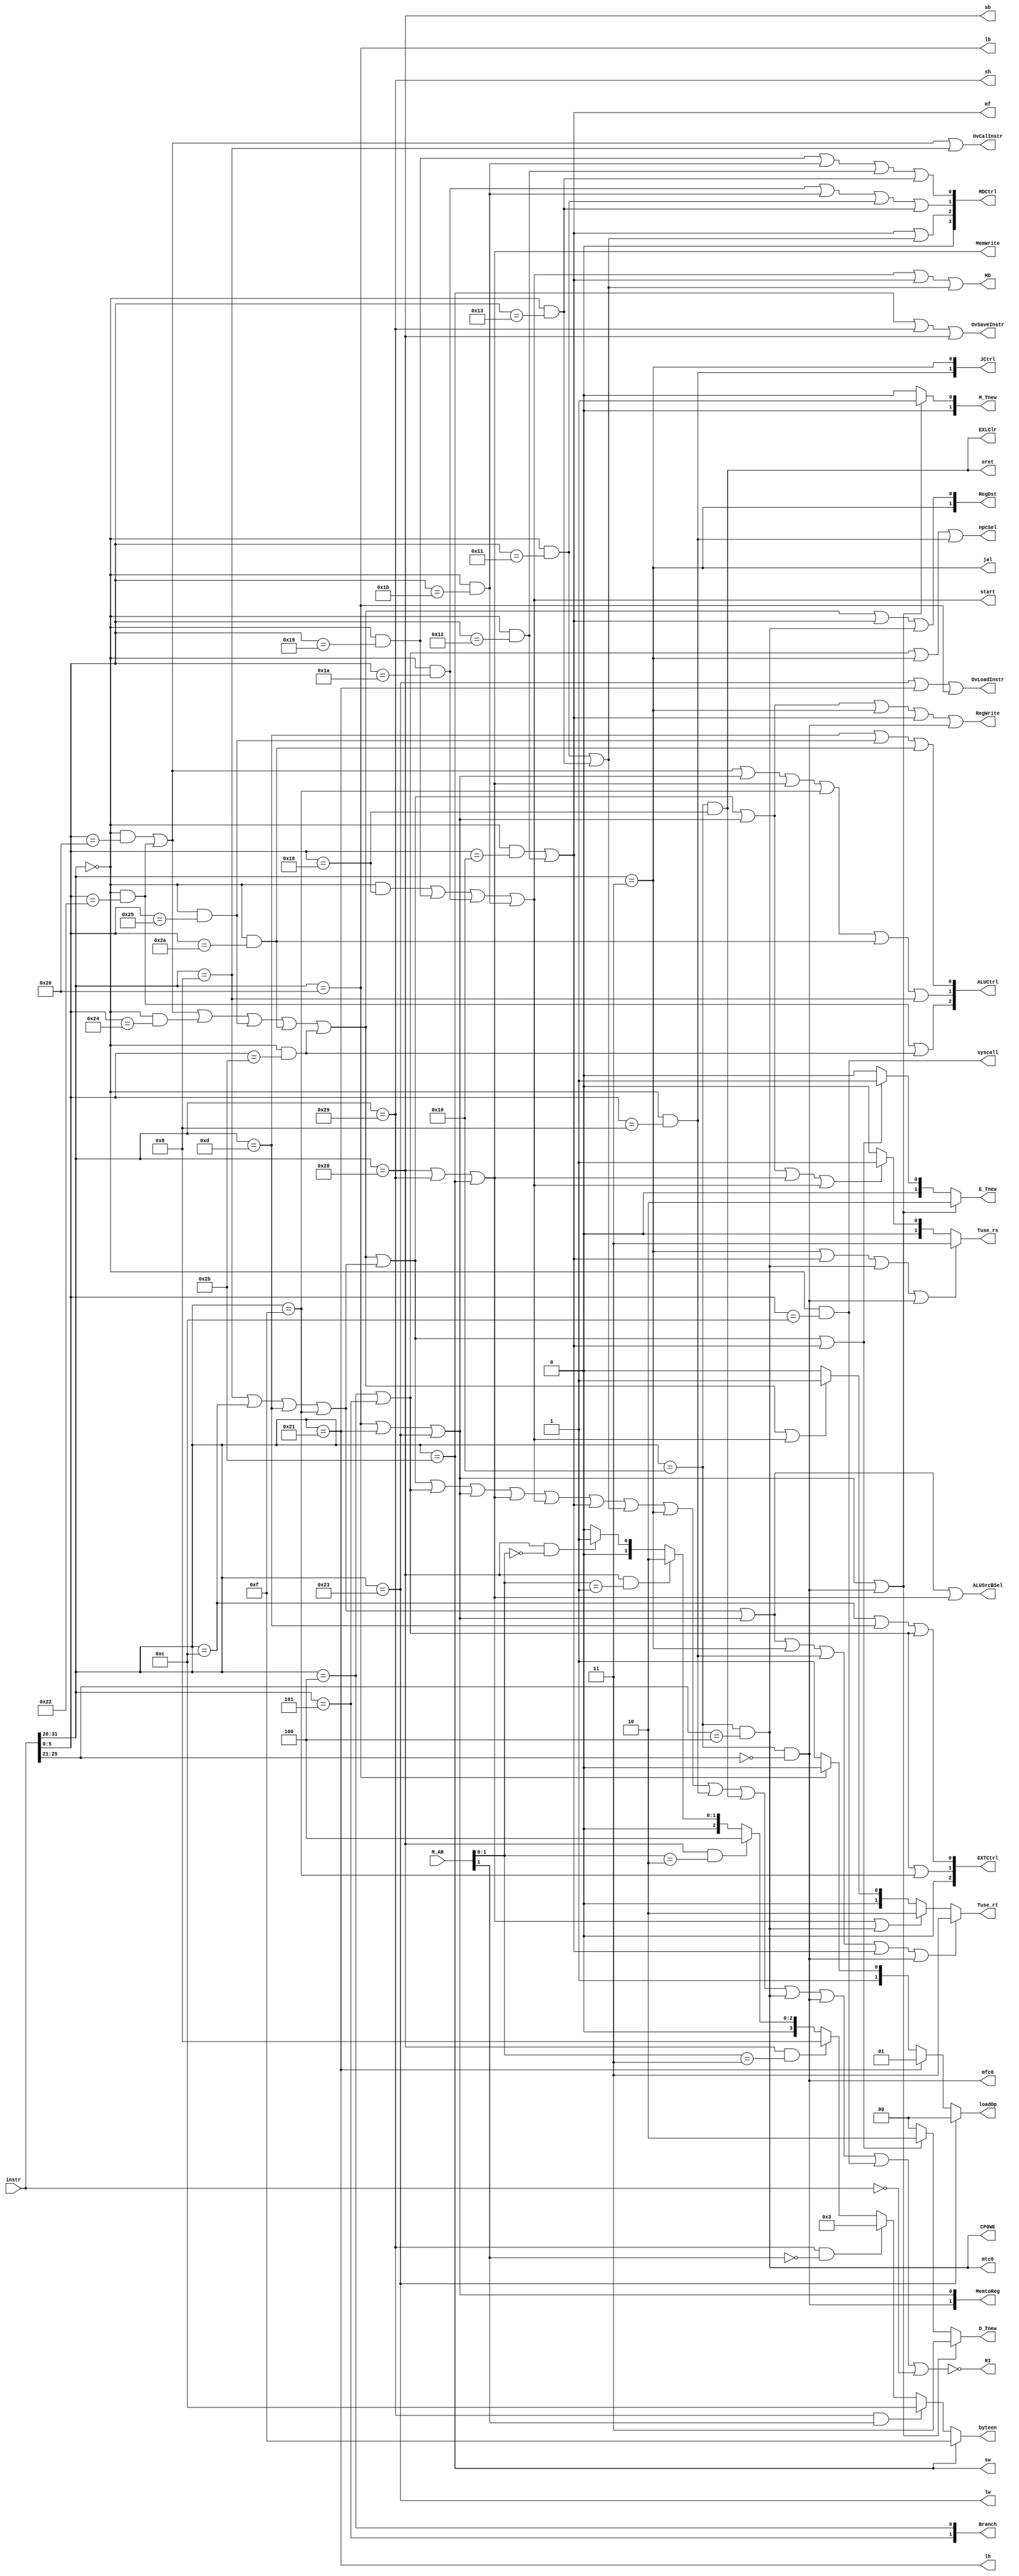
module MCU (
    //input
    input [31:0] instr,
	 input [31:0] M_AR,
    //output
    //D
    output [1:0] RegDst,
    output [1:0] Branch,
    output [2:0] EXTCtrl,
    output [1:0] JCtrl,
	 output npcSel,
    output start,
    output MD,
	 output mf,
    //E
    output [2:0] ALUCtrl,
    output [3:0] MDCtrl,
    output ALUSrcBSel,
    //M
    output MemWrite,
    output RegWrite,
	 output jal,
    output [3:0] byteen,
    output [1:0] loadOp,
    //W
    output [1:0] MemtoReg, 
    //Hazard
    output [1:0] Tuse_rs,
    output [1:0] Tuse_rt,
    output [1:0] D_Tnew,
    output [1:0] E_Tnew,
    output [1:0] M_Tnew,
    //Exception
    output RI,
    output EXLClr,
    output CP0WE,
    output OvCalInstr,
    output OvLoadInstr,
    output OvSaveInstr,
    output lw,
    output sw,
    output lh,
    output sh,
    output lb,
    output sb,
    output eret,
    output syscall,
    output mfc0,
    output mtc0
);
    //wire
    wire [5:0] opcode;
    wire [5:0] func;
	 wire [4:0] special;
	 wire lui,jr;
    wire add,sub,and1,or1,slt,sltu;
    wire cal_r;
    wire ori,addi,andi;
    wire cal_i;
    wire beq,bne;
    wire B;
    //wire sb,sh,sw;
    wire store;
    //wire lb,lh,lw;
    wire load;
    wire mult,multu,div,divu;
    wire md;
    wire mfhi,mflo;
    wire mthi,mtlo;
    wire mt;
    assign opcode = instr[31:26];
	 assign func = instr[5:0];
    assign special = instr[25:21];
    	 
    //instr
    assign add = (opcode == 6'b000000) && (func == 6'b100000);
	 assign sub = (opcode == 6'b000000) && (func == 6'b100010);
	 assign ori = (opcode == 6'b001101);
	 assign lw = (opcode == 6'b100011);
	 assign sw = (opcode == 6'b101011);
 	 assign beq = (opcode == 6'b000100);
	 assign lui = (opcode == 6'b001111);
	 assign jal = (opcode == 6'b000011);
	 assign jr = (opcode == 6'b000000) && (func == 6'b001000);
    assign and1 = (opcode == 6'b000000) && (func == 6'b100100);
    assign or1 = (opcode == 6'b000000) && (func == 6'b100101);
    assign slt = (opcode == 6'b000000) && (func == 6'b101010);
    assign sltu = (opcode == 6'b000000) && (func == 6'b101011);
    assign addi = (opcode == 6'b001000);
    assign andi = (opcode == 6'b001100);
    assign bne = (opcode == 6'b000101);
    assign sb = (opcode == 6'b101000);
    assign sh = (opcode == 6'b101001);
    assign lb = (opcode == 6'b100000);
    assign lh = (opcode == 6'b100001);
    assign mult = (opcode == 6'b000000) && (func == 6'b011000);
    assign multu = (opcode == 6'b000000) && (func == 6'b011001);
    assign div = (opcode == 6'b000000) && (func == 6'b011010);
    assign divu = (opcode == 6'b000000) && (func == 6'b011011);
    assign mfhi = (opcode == 6'b000000) && (func == 6'b010000);
    assign mflo = (opcode == 6'b000000) && (func == 6'b010010);
    assign mthi = (opcode == 6'b000000) && (func == 6'b010001);
    assign mtlo = (opcode == 6'b000000) && (func == 6'b010011);
    assign eret = (opcode == 6'b010000) && (func == 6'b011000);
    assign syscall = (opcode == 6'b000000) && (func == 6'b001100);
    assign mtc0 = (opcode == 6'b010000) && (special == 5'b00100);
    assign mfc0 = (opcode == 6'b010000) && (special == 5'b00000);

    //sort
    assign cal_r = add || sub || and1 || or1 || slt || sltu ; 
    assign cal_i = addi || andi || ori || lui;
    assign B = beq || bne;
    assign load = lb || lh || lw;
    assign store = sb || sh || sw;
    assign md = mult || multu || div || divu;
    assign mf = mfhi || mflo;
    assign mt = mthi || mtlo;

    //out
    assign RegDst[1] = jal;
    assign RegDst[0] = cal_r || mf || mtc0; 
	 assign EXTCtrl[2] = 1'b0;
    assign EXTCtrl[1] = B || lui;
    assign EXTCtrl[0] = andi || ori || B;
    assign Branch[1] = bne;
    assign Branch[0] = beq;
    assign JCtrl[1] = jr;
    assign JCtrl[0] = jal;
    assign ALUCtrl[2] = sub || sltu ;
    assign ALUCtrl[1] = add || sub || load || store || lui || slt || addi ;
    assign ALUCtrl[0] = ori || or1 || slt ;
    assign ALUSrcBSel = cal_i || load || store ;
    assign MemWrite = store;
    assign RegWrite = cal_r || cal_i || load || jal || mf || mfc0;
	 assign MemtoReg[1] = mfc0;
    assign MemtoReg[0] = load;
	 assign npcSel = B || jal || jr;
    assign byteen = (sw) ? 4'b1111 :
                    (sh && M_AR[1]) ? 4'b1100 :
                    (sh && (!M_AR[1])) ? 4'b0011 :
                    (sb && (M_AR[1:0] == 2'b11)) ? 4'b1000 :
                    (sb && (M_AR[1:0] == 2'b10)) ? 4'b0100 :
                    (sb && (M_AR[1:0] == 2'b01)) ? 4'b0010 :
                    (sb && (M_AR[1:0] == 2'b00)) ? 4'b0001 :
						  4'b0000;
    assign loadOp = (lw) ? 2'b00 :
                    (lh) ? 2'b01 :
                    (lb) ? 2'b10 :
						  2'b11;
						  
    assign MDCtrl[3] = 1'b0;
    assign MDCtrl[2] = mf || mt ;
    assign MDCtrl[1] = div || divu || mthi || mtlo ;
    assign MDCtrl[0] = multu || divu || mflo || mtlo ; 
    assign start = md;
    assign MD = md || mf || mt;

    //Exception
    assign EXLClr = eret;
    assign CP0WE = mtc0;
    assign OvCalInstr = add || sub || addi;
    assign OvLoadInstr = lw || lh || lb;
    assign OvSaveInstr = sw || sh || sb;
    assign RI = !(cal_r || cal_i || B || load || store || md || mf || mt || jal || jr || eret || mtc0 || mfc0 || syscall || (instr == 32'h0000_0000));

    //Hazard
    assign Tuse_rs = (jal || mf || mtc0 || mfc0) ? 2'b11 :
                     (cal_r || cal_i || load || store || md) ? 2'b01 :
                     2'b00;
    assign Tuse_rt = (cal_i || load || jal || jr || mf || mfc0) ? 2'b11 :
                     (store || mtc0) ? 2'b10 :
					      (cal_r || md) ? 2'b01 :
                     2'b00;
    assign D_Tnew  = (load || mfc0) ? 2'b11 :
                     (cal_r || cal_i || mf) ? 2'b10 :
                     2'b00;
    assign E_Tnew = (load || mfc0) ? 2'b10 :
                    (cal_r || cal_i || mf) ? 2'b01 :
                    2'b00;
    assign M_Tnew = (load || mfc0) ? 2'b01 :
                    2'b00;
endmodule